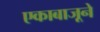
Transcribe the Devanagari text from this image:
एकाबाजूने